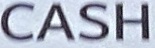
CASH